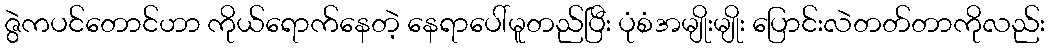
ဇွဲကပင်တောင်ဟာ ကိုယ်ရောက်နေတဲ့ နေရာပေါ်မူတည်ပြီး ပုံစံအမျိုးမျိုး ပြောင်းလဲတတ်တာကိုလည်း